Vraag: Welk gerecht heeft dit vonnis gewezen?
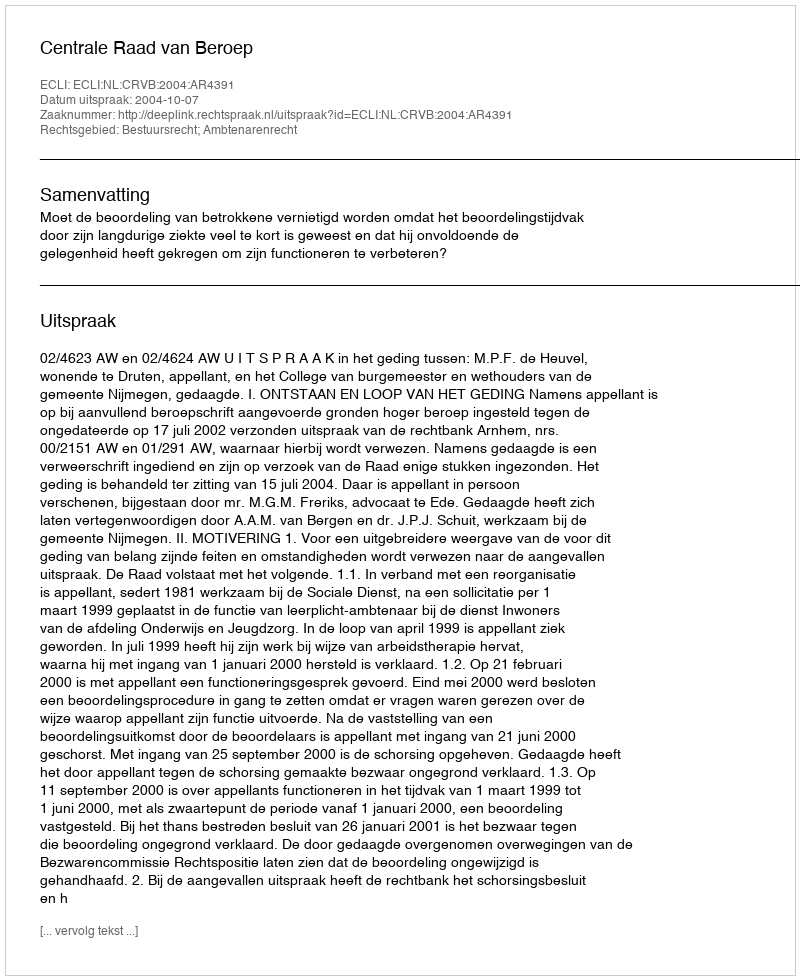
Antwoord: Centrale Raad van Beroep